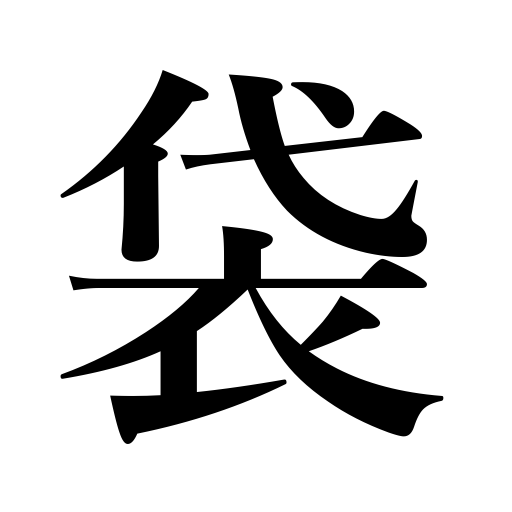
Meanings: sack,pouch,bag counter,bag